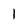
Character: 1